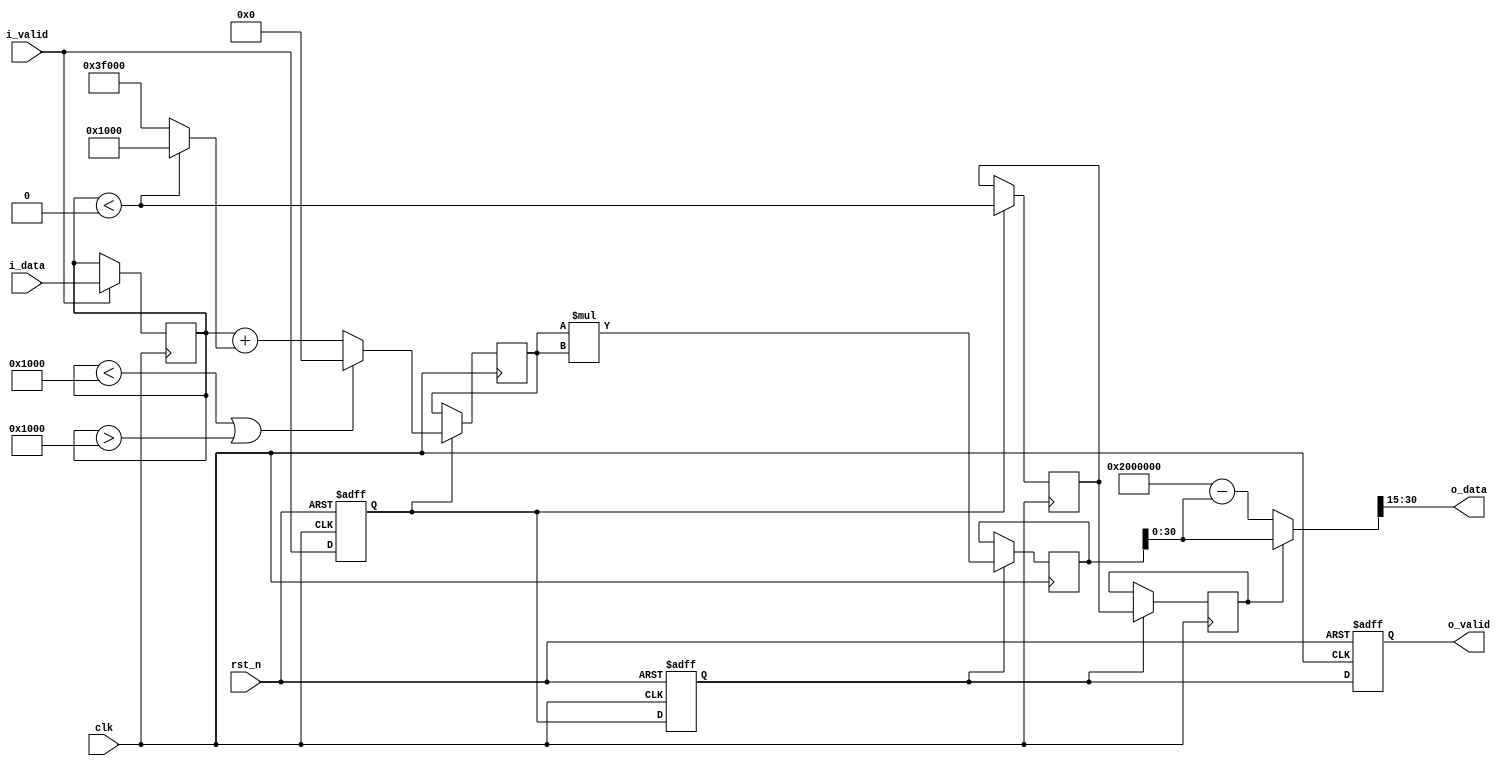
`timescale 1ns / 1ps

module sigmoid #(
    parameter DATA_WIDTH = 16,
    parameter FRAC_BITS  = 10
)(
    output signed [DATA_WIDTH-1:0] o_data,
    output                         o_valid,
    input  signed [DATA_WIDTH-1:0] i_data,
    input                          i_valid,
    input                          clk,
    input                          rst_n
);

    localparam INT_BITS = DATA_WIDTH - FRAC_BITS;

    localparam signed [DATA_WIDTH-1:0] FOUR       = {{INT_BITS-3{1'b0}}, 3'b100, {FRAC_BITS{1'b0}}};
    localparam signed [DATA_WIDTH-1:0] MINUS_FOUR = {{INT_BITS-3{1'b1}}, 3'b100, {FRAC_BITS{1'b0}}};
    localparam signed [DATA_WIDTH+1:0] ONE        = {{INT_BITS-1{1'b0}},   1'b1, {FRAC_BITS+2{1'b0}}};
    localparam signed [DATA_WIDTH+1:0] MINUS_ONE  = {{INT_BITS-1{1'b1}},   1'b1, {FRAC_BITS+2{1'b0}}};

    // Input stage
    reg signed [DATA_WIDTH-1:0] i_data_reg;
    reg                         i_data_valid;

    always @ (posedge clk) begin
        if (i_valid) begin
            i_data_reg <= i_data;
        end
    end

    always @ (posedge clk or negedge rst_n) begin
        if (~rst_n) begin
            i_data_valid <= 1'b0;
        end
        else begin
            i_data_valid <= i_valid;
        end
    end

    // Stage 1
    wire signed [DATA_WIDTH+1:0] x1            = {{2{i_data_reg[DATA_WIDTH-1]}}, i_data_reg}; // x1 = i_data_reg >>> 2
    wire signed [DATA_WIDTH+1:0] add_minus_one = i_data_reg < 0 ? ONE : MINUS_ONE;
    wire signed [DATA_WIDTH+1:0] x2            = x1 + add_minus_one;

    wire                         past_limit    = i_data_reg < MINUS_FOUR || i_data_reg > FOUR;
    wire signed [DATA_WIDTH+1:0] x3            = past_limit ? 0 : x2;

    reg  signed [DATA_WIDTH+1:0] stage1_reg_data;
    reg                          stage1_reg_sign;
    reg                          stage1_reg_valid;

    always @ (posedge clk) begin
        if (i_data_valid) begin
            stage1_reg_data <= x3;
            stage1_reg_sign <= i_data_reg < 0;
        end
    end

    always @ (posedge clk or negedge rst_n) begin
        if (~rst_n) begin
            stage1_reg_valid <= 1'b0;
        end
        else begin
            stage1_reg_valid <= i_data_valid;
        end
    end

    // Stage 2
    reg signed [(DATA_WIDTH+2)*2-1:0] stage2_reg_data;
    reg                               stage2_reg_sign;
    reg                               stage2_reg_valid;

    always @ (posedge clk) begin
        if (stage1_reg_valid) begin
            stage2_reg_data <= stage1_reg_data * stage1_reg_data;
            stage2_reg_sign <= stage1_reg_sign;
        end
    end

    always @ (posedge clk or negedge rst_n) begin
        if (~rst_n) begin
            stage2_reg_valid <= 1'b0;
        end
        else begin
            stage2_reg_valid <= stage1_reg_valid;
        end
    end

    // Stage 3
    localparam signed [(DATA_WIDTH+2)*2:0] ONE_EXT = {{INT_BITS*2-1{1'b0}}, 1'b1, {(FRAC_BITS+2)*2+1{1'b0}}};

    wire signed [(DATA_WIDTH+2)*2:0] x4 = {stage2_reg_data[(DATA_WIDTH+2)*2-1], stage2_reg_data};  // x4 = stage2_reg_data >>> 1
    wire signed [(DATA_WIDTH+2)*2:0] x5 = ONE_EXT - x4;
    wire signed [(DATA_WIDTH+2)*2:0] x6 = stage2_reg_sign ? x4 : x5;

    assign o_data  = x6[(FRAC_BITS+2)*2+INT_BITS:FRAC_BITS+5];
    assign o_valid = stage2_reg_valid;

endmodule